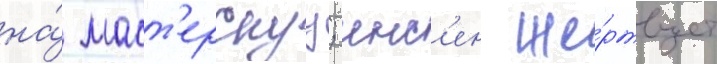
на́ маст'ерскуу; инс'ен же́ртвует